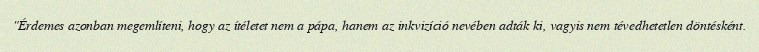
"Érdemes azonban megemlíteni, hogy az ítéletet nem a pápa, hanem az inkvizíció nevében adták ki, vagyis nem tévedhetetlen döntésként.